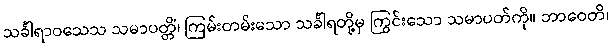
သင်္ခါရာဝသေသ သမာပတ္တိံ၊ ကြမ်းတမ်းသော သင်္ခါရတို့မှ ကြွင်းသော သမာပတ်ကို။ ဘာဝေတိ၊